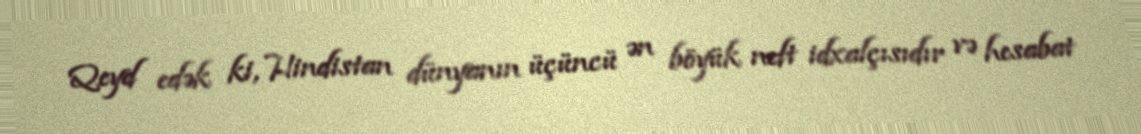
Qeyd edək ki, Hindistan dünyanın üçüncü ən böyük neft idxalçısıdır və hesabat